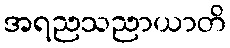
အရညသညာယာတိ